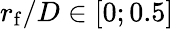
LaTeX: r_{\mathrm{f}}/D\in[0;0.5]